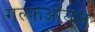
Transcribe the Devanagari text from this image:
गल्फऑयल